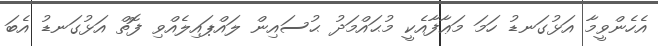
އެހެންވީމާ އަޅުގަނޑު ހަމަ މަޢާފާއެކީ މުޙައްމަދު ޙުސައިން ލައްޕައިލެއްވި ފޮތް އަޅުގަނޑު އެބަ